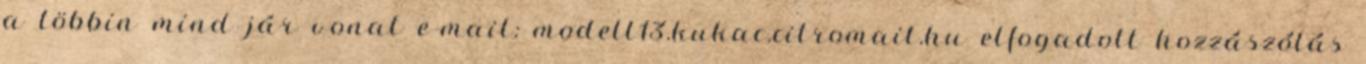
a többin mind jár vonat e-mail: modell13.kukac.citromail.hu elfogadott hozzászólás